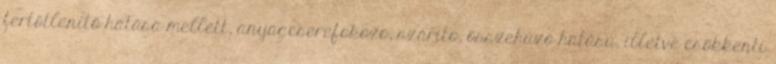
fertőtlenítő hatása mellett, anyagcserefokozó, szárító, összehúzó hatású, illetve csökkenti